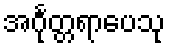
အင်္ဂုတ္တရာပေသု